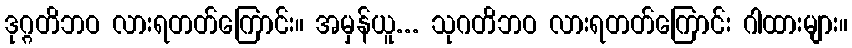
ဒုဂ္ဂတိဘဝ လားရတတ်ကြောင်း။ အမှန်ယူ... သုဂတိဘဝ လားရတတ်ကြောင်း ဂါထားများ။